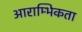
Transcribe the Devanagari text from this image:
आराम्भिकता